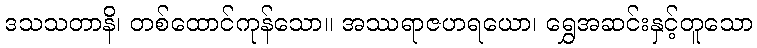
ဒသသတာနိ၊ တစ်ထောင်ကုန်သော။ အဿရာဇဟရယော၊ ရွှေအဆင်းနှင့်တူသော